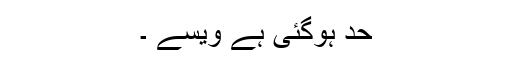
حد ہوگئی ہے ویسے ۔